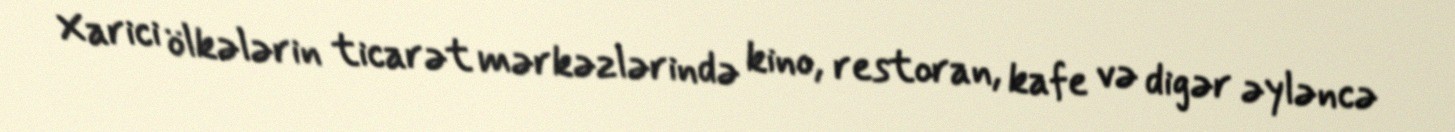
Xarici ölkələrin ticarət mərkəzlərində kino, restoran, kafe və digər əyləncə